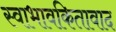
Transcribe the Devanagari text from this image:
स्वाभावकितावाद